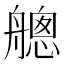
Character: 𦪐